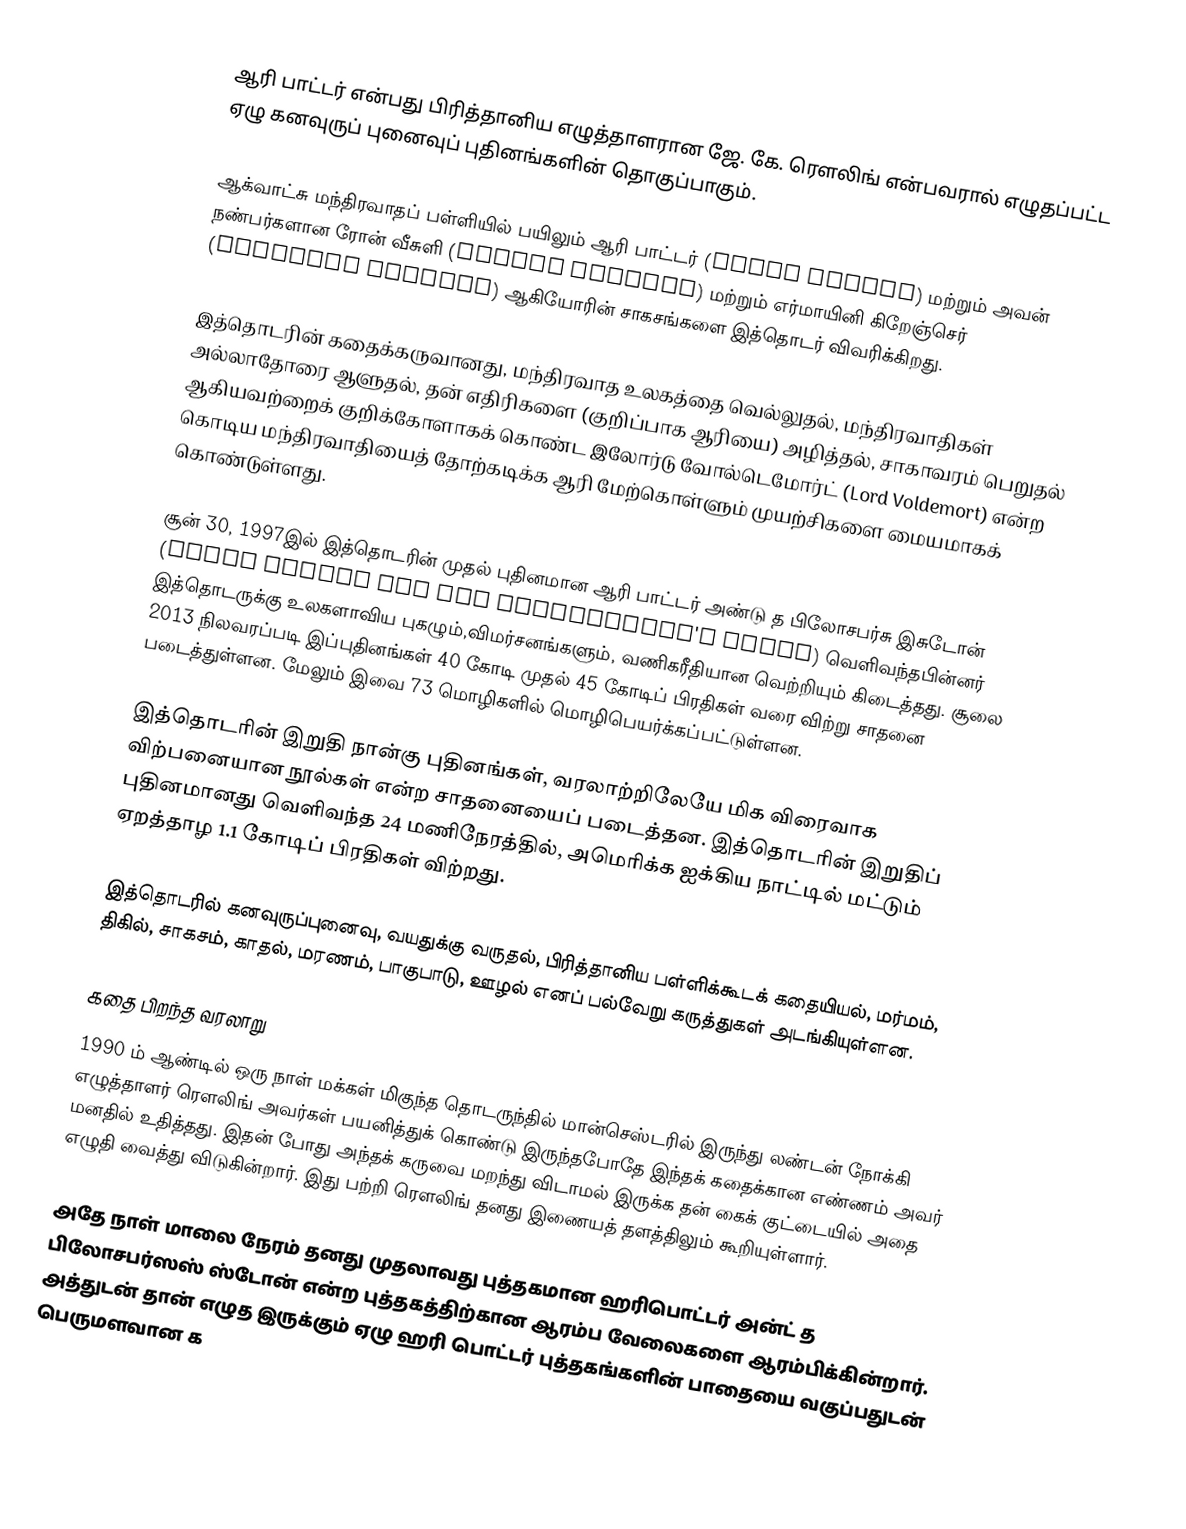
ஆரி பாட்டர் என்பது பிரித்தானிய எழுத்தாளரான ஜே. கே. ரௌலிங் என்பவரால் எழுதப்பட்ட ஏழு கனவுருப் புனைவுப் புதினங்களின் தொகுப்பாகும்.

ஆக்வாட்சு மந்திரவாதப் பள்ளியில் பயிலும் ஆரி பாட்டர் (Harry Potter) மற்றும் அவன் நண்பர்களான ரோன் வீசுளி (Ronald Weasley) மற்றும் எர்மாயினி கிறேஞ்செர் (Hermione Granger) ஆகியோரின் சாகசங்களை இத்தொடர் விவரிக்கிறது.

இத்தொடரின் கதைக்கருவானது, மந்திரவாத உலகத்தை  வெல்லுதல், மந்திரவாதிகள் அல்லாதோரை ஆளுதல், தன் எதிரிகளை (குறிப்பாக ஆரியை) அழித்தல், சாகாவரம் பெறுதல் ஆகியவற்றைக் குறிக்கோளாகக் கொண்ட இலோர்டு வோல்டெமோர்ட் (Lord Voldemort) என்ற கொடிய மந்திரவாதியைத் தோற்கடிக்க ஆரி மேற்கொள்ளும் முயற்சிகளை மையமாகக் கொண்டுள்ளது.

சூன் 30, 1997இல் இத்தொடரின் முதல் புதினமான ஆரி பாட்டர் அண்டு த பிலோசபர்சு இசுடோன் (Harry Potter and the Philosopher's Stone) வெளிவந்தபின்னர் இத்தொடருக்கு உலகளாவிய புகழும்,விமர்சனங்களும், வணிகரீதியான வெற்றியும் கிடைத்தது. சூலை 2013 நிலவரப்படி இப்புதினங்கள் 40 கோடி முதல் 45 கோடிப் பிரதிகள் வரை விற்று சாதனை படைத்துள்ளன. மேலும் இவை 73 மொழிகளில் மொழிபெயர்க்கப்பட்டுள்ளன.

இத்தொடரின் இறுதி நான்கு புதினங்கள், வரலாற்றிலேயே மிக விரைவாக விற்பனையான நூல்கள் என்ற சாதனையைப் படைத்தன. இத்தொடரின் இறுதிப் புதினமானது வெளிவந்த 24 மணிநேரத்தில், அமெரிக்க ஐக்கிய நாட்டில் மட்டும் ஏறத்தாழ 1.1 கோடிப் பிரதிகள் விற்றது.

இத்தொடரில் கனவுருப்புனைவு, வயதுக்கு வருதல், பிரித்தானிய பள்ளிக்கூடக் கதையியல், மர்மம், திகில், சாகசம், காதல், மரணம், பாகுபாடு, ஊழல் எனப் பல்வேறு கருத்துகள் அடங்கியுள்ளன.

கதை பிறந்த வரலாறு
1990 ம் ஆண்டில் ஒரு நாள் மக்கள் மிகுந்த தொடருந்தில் மான்செஸ்டரில் இருந்து லண்டன் நோக்கி எழுத்தாளர் ரெளலிங் அவர்கள் பயனித்துக் கொண்டு இருந்தபோதே இந்தக் கதைக்கான எண்ணம் அவர் மனதில் உதித்தது. இதன் போது அந்தக் கருவை மறந்து விடாமல் இருக்க தன் கைக் குட்டையில் அதை எழுதி வைத்து விடுகின்றார். இது பற்றி ரெளலிங் தனது இணையத் தளத்திலும் கூறியுள்ளார்.

அதே நாள் மாலை நேரம் தனது முதலாவது புத்தகமான ஹரிபொட்டர் அன்ட் த பிலோசபர்ஸஸ் ஸ்டோன் என்ற புத்தகத்திற்கான ஆரம்ப வேலைகளை ஆரம்பிக்கின்றார். அத்துடன் தான் எழுத இருக்கும் ஏழு ஹரி பொட்டர் புத்தகங்களின் பாதையை வகுப்பதுடன் பெருமளவான க